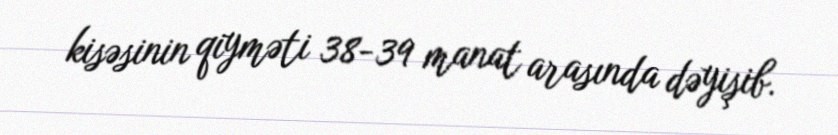
kisəsinin qiyməti 38-39 manat arasında dəyişib.